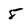
Character: 5